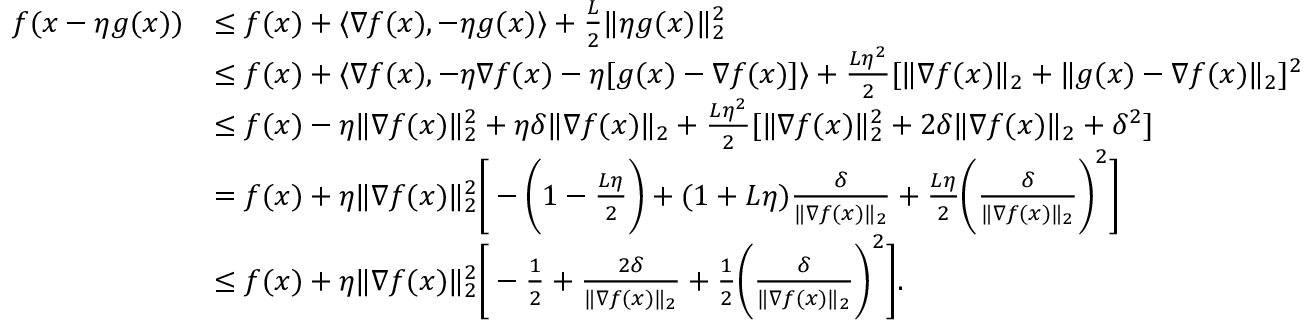
\begin{array} { r l } { f ( x - \eta g ( x ) ) } & { \leq f ( x ) + \langle \nabla f ( x ) , - \eta g ( x ) \rangle + \frac { L } { 2 } \| \eta g ( x ) \| _ { 2 } ^ { 2 } } \\ & { \leq f ( x ) + \langle \nabla f ( x ) , - \eta \nabla f ( x ) - \eta [ g ( x ) - \nabla f ( x ) ] \rangle + \frac { L \eta ^ { 2 } } { 2 } [ \| \nabla f ( x ) \| _ { 2 } + \| g ( x ) - \nabla f ( x ) \| _ { 2 } ] ^ { 2 } } \\ & { \leq f ( x ) - \eta \| \nabla f ( x ) \| _ { 2 } ^ { 2 } + \eta \delta \| \nabla f ( x ) \| _ { 2 } + \frac { L \eta ^ { 2 } } { 2 } [ \| \nabla f ( x ) \| _ { 2 } ^ { 2 } + 2 \delta \| \nabla f ( x ) \| _ { 2 } + \delta ^ { 2 } ] } \\ & { = f ( x ) + \eta \| \nabla f ( x ) \| _ { 2 } ^ { 2 } \bigg [ - \bigg ( 1 - \frac { L \eta } { 2 } \bigg ) + ( 1 + L \eta ) \frac { \delta } { \| \nabla f ( x ) \| _ { 2 } } + \frac { L \eta } { 2 } \bigg ( \frac { \delta } { \| \nabla f ( x ) \| _ { 2 } } \bigg ) ^ { 2 } \bigg ] } \\ & { \leq f ( x ) + \eta \| \nabla f ( x ) \| _ { 2 } ^ { 2 } \bigg [ - \frac { 1 } { 2 } + \frac { 2 \delta } { \| \nabla f ( x ) \| _ { 2 } } + \frac { 1 } { 2 } \bigg ( \frac { \delta } { \| \nabla f ( x ) \| _ { 2 } } \bigg ) ^ { 2 } \bigg ] . } \end{array}